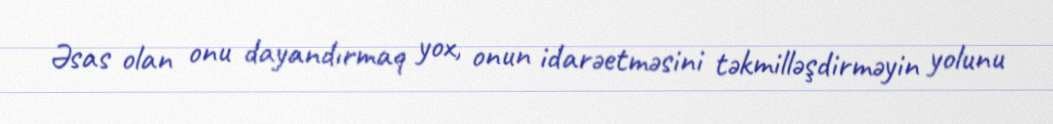
Əsas olan onu dayandırmaq yox, onun idarəetməsini təkmilləşdirməyin yolunu